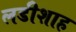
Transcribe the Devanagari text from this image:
लडीशाह